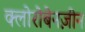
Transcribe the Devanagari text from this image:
क्लोरोबेनज़ीन